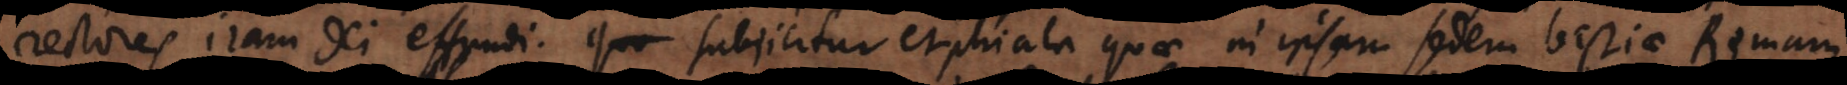
rectores iram Dei effundi. Subjicitur et phiala quae in ipsam sedem bestiae Romam